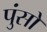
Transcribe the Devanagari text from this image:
पुंसो